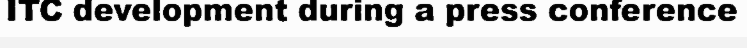
ITC development during a press conference